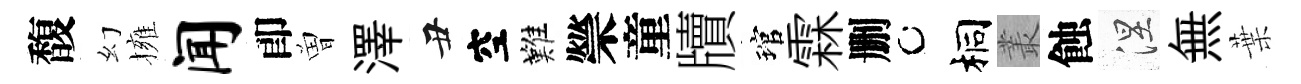
馥幻擁闻卽曽澤丑空難禜童牘琯霖删桐叢蝕涅無葉